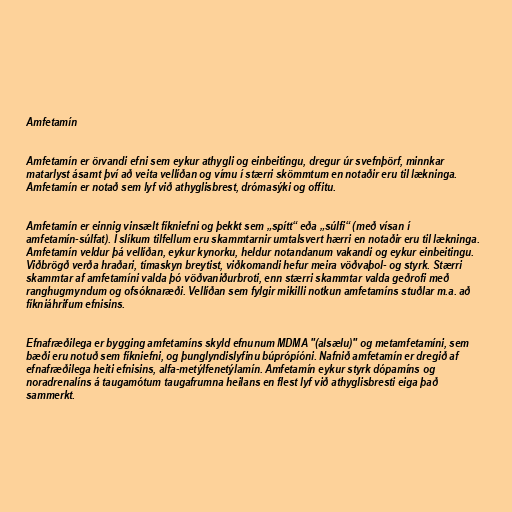
Amfetamín

Amfetamín er örvandi efni sem eykur athygli og einbeitingu, dregur úr svefnþörf, minnkar
matarlyst ásamt því að veita vellíðan og vímu í stærri skömmtum en notaðir eru til lækninga.
Amfetamín er notað sem lyf við athyglisbrest, drómasýki og offitu.

Amfetamín er einnig vinsælt fíkniefni og þekkt sem „spítt“ eða „súlfi“ (með vísan í
amfetamín-súlfat). Í slíkum tilfellum eru skammtarnir umtalsvert hærri en notaðir eru til lækninga.
Amfetamín veldur þá vellíðan, eykur kynorku, heldur notandanum vakandi og eykur einbeitingu.
Viðbrögð verða hraðari, tímaskyn breytist, viðkomandi hefur meira vöðvaþol- og styrk. Stærri
skammtar af amfetamíni valda þó vöðvaniðurbroti, enn stærri skammtar valda geðrofi með
ranghugmyndum og ofsóknaræði. Vellíðan sem fylgir mikilli notkun amfetamíns stuðlar m.a. að
fíkniáhrifum efnisins.

Efnafræðilega er bygging amfetamíns skyld efnunum MDMA "(alsælu)" og metamfetamíni, sem
bæði eru notuð sem fíkniefni, og þunglyndislyfinu búprópíóni. Nafnið amfetamín er dregið af
efnafræðilega heiti efnisins, alfa-metýlfenetýlamín. Amfetamín eykur styrk dópamíns og
noradrenalíns á taugamótum taugafrumna heilans en flest lyf við athyglisbresti eiga það
sammerkt.